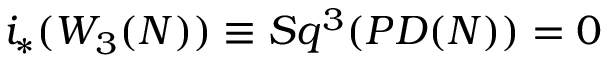
i _ { * } ( W _ { 3 } ( N ) ) \equiv S q ^ { 3 } ( P D ( N ) ) = 0